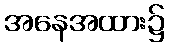
အနေအထား၌